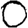
Digit: 0